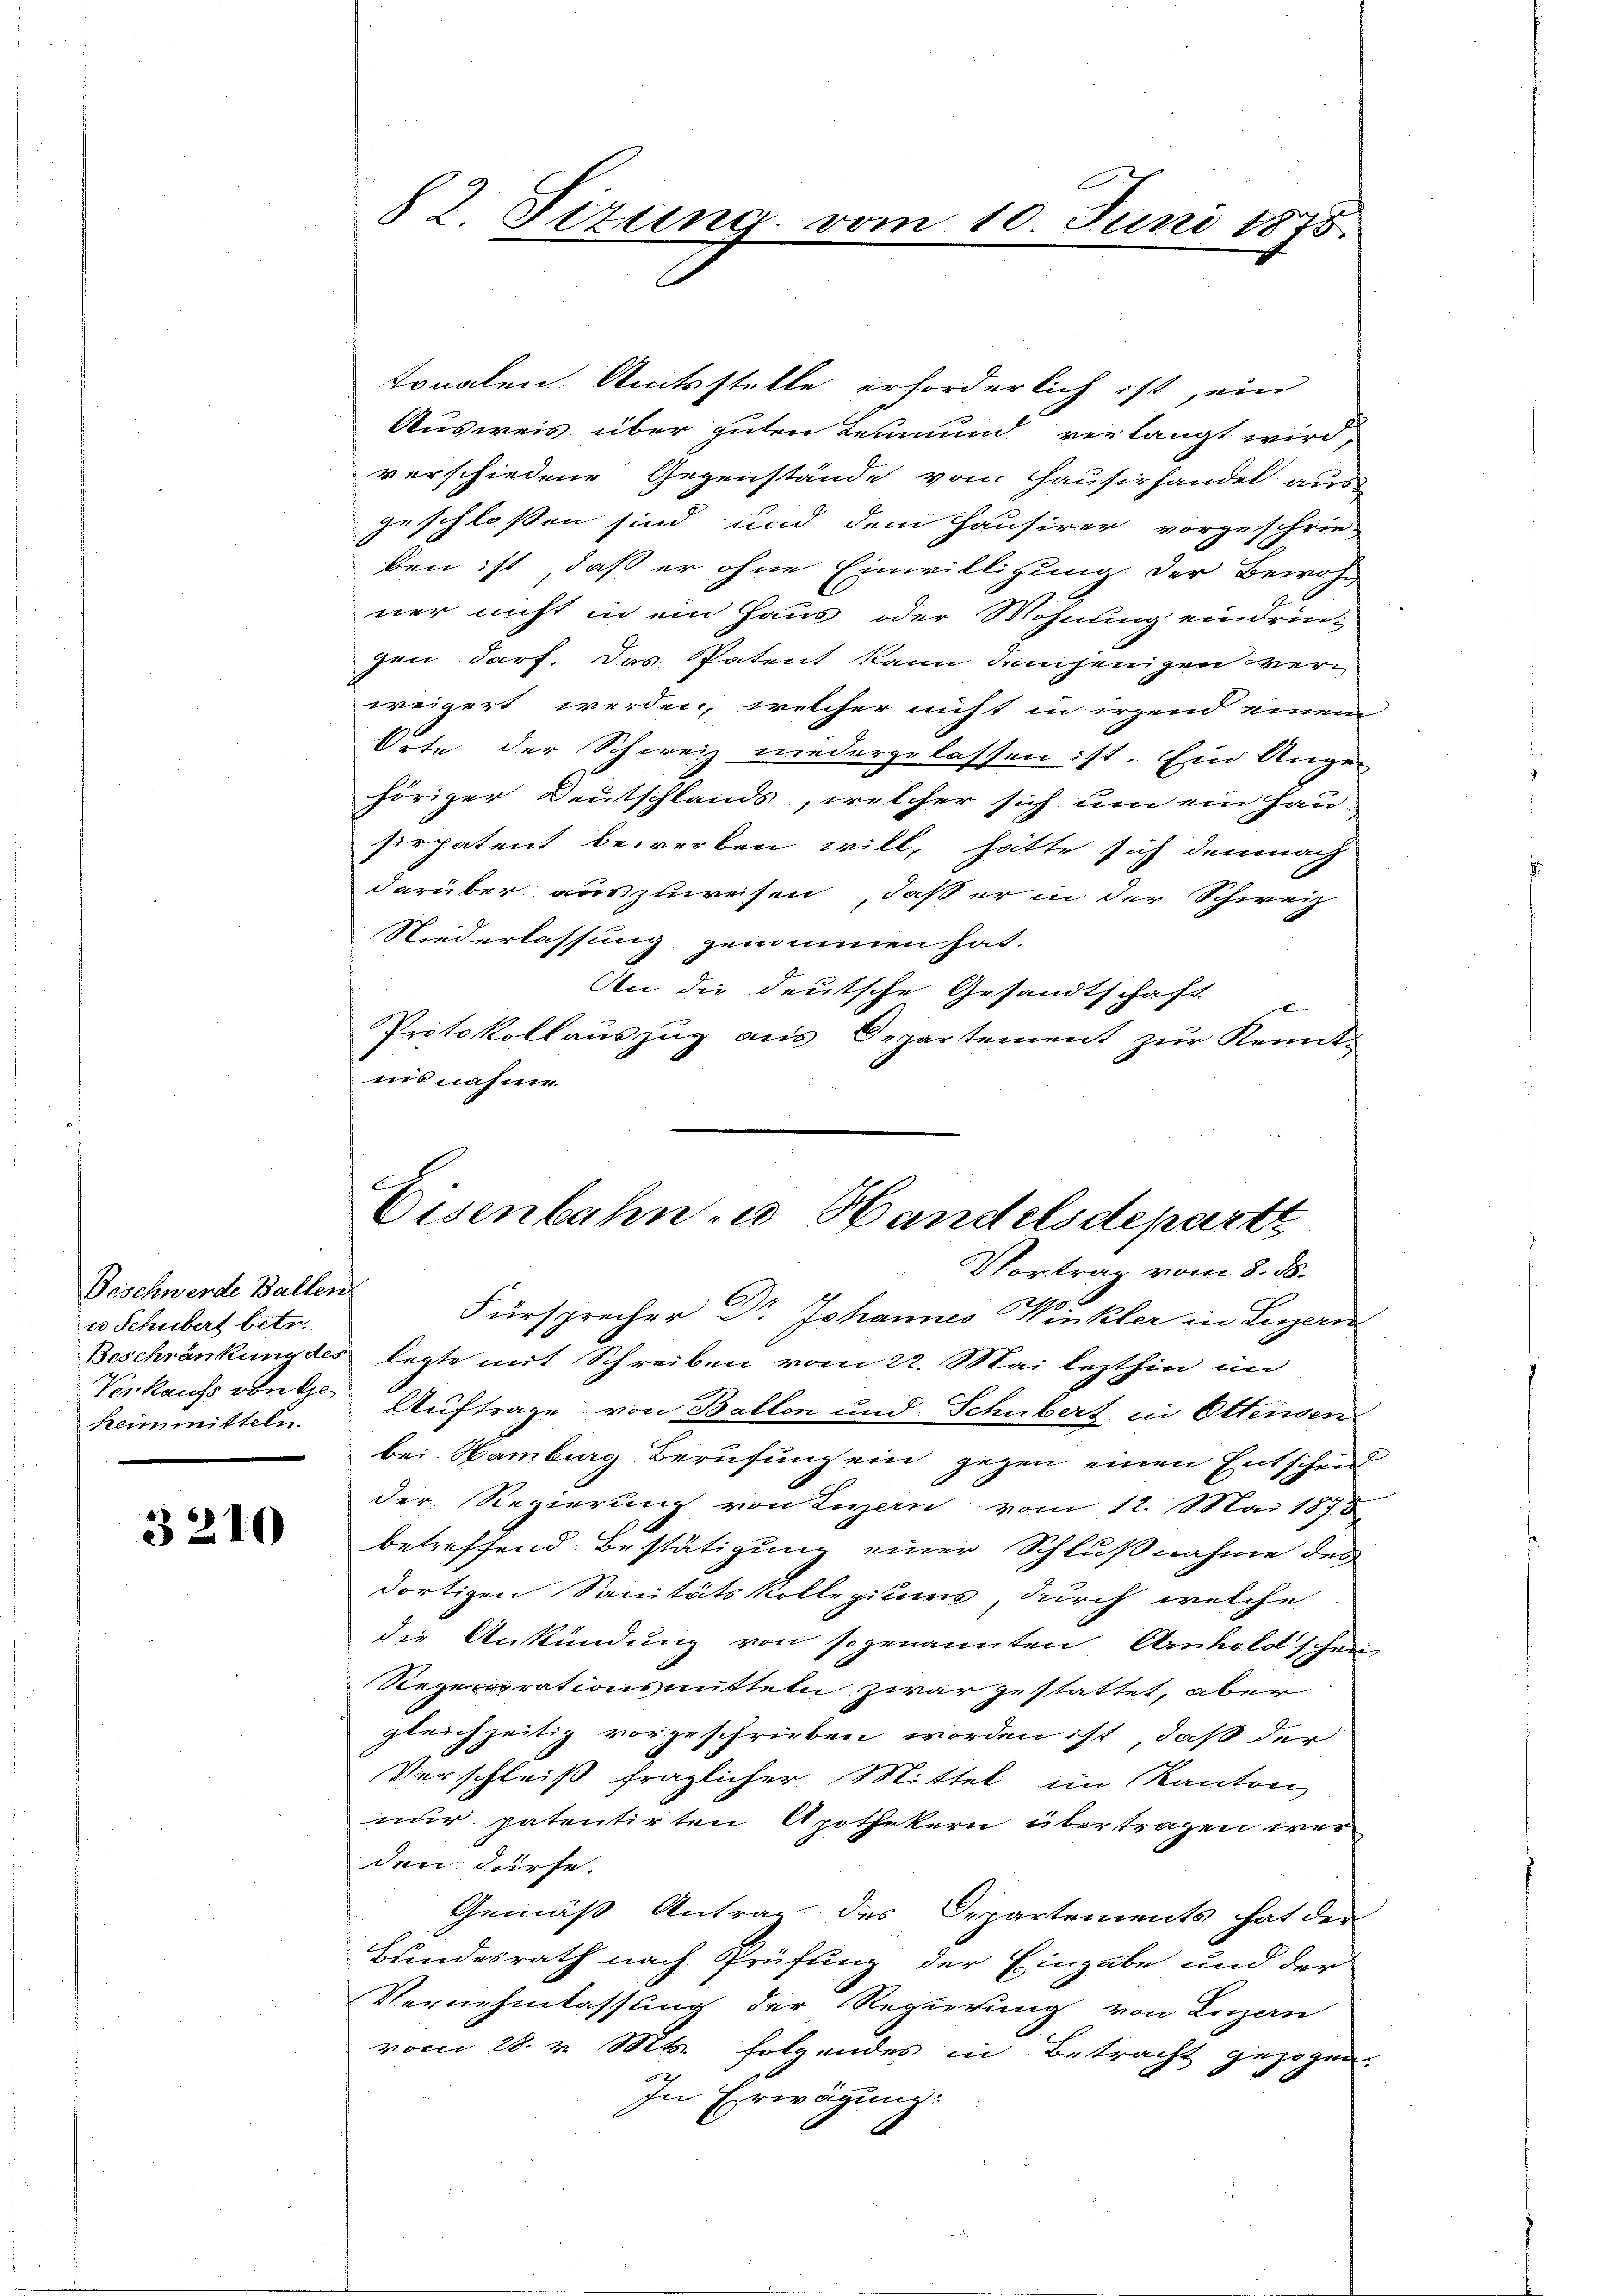
Bischwerde Ballen
e Schubert betr.
Verkaufs von Gekeimmitteln.

3210

tonalen Amtsstelle erforderlich ist, ein
Ausweis über guten Leumund verlangt wird
verschiedene Gegenstände von Hausirhandel aus
geschloßen sind und dem Hausirer vorzuschrie-
ben ist, daß er ohne Einwilligung der Bewohn
ner nicht in ein Haus oder Wohnung eindringen darf. Das Patent kann demjenigen verweigert werden, welcher nicht in irgend einem
Orte der Schweiz niedergelassen ist. Ein Ange
höriger Deutschlands, welcher sich um ein Hau-
sirpatent bewerben will, hätte sich demnach
darüber auszuweisen, daß er in der Schweiz
Niederlassung genommen hat.
An die deutsche Gesandtschaft
r
Protokollaŭszŭg aŭs Departement zŭr Kennt-
ins nahme.

82. Sizung vom

10. Juni 1875.

x
Eisenbahn zu Handelsdepartet
Vortrag vom 8. ds.

Fürsprecher Dr. Johannes Winkler in Luzern
Beschränkung des legte mit Schreiben vom 22. Mai lezthin im
Auftrage von Ballen und Schubert in Ottensen
bei Hamburg Berufung ein gegen einen Entschein
der Regierung von Luzern vom 12. Mai 1875
betreffend Bestätigung einer Schlußnahme des
dortigen Sanitätskollegiums, durch welche
die Ankündung von sogenannten Arnhold schein-
Rezengrationsmitteln zwar gestattet, aber
gleichzeitig vorgeschrieben worden ist, daß der
Verschleiß fraglicher Mittel im Kanton
nur patentirten Apothekern übertragen war
den dürfe.
Gemäß Antrag des Departements hat der
Bundesrath nach Prüfung der Eingabe und der
Vernehmlassung der Regierung von Luzern
vom 28. v. Mts. folgendes in Betracht gezogen.
In Erwägung.